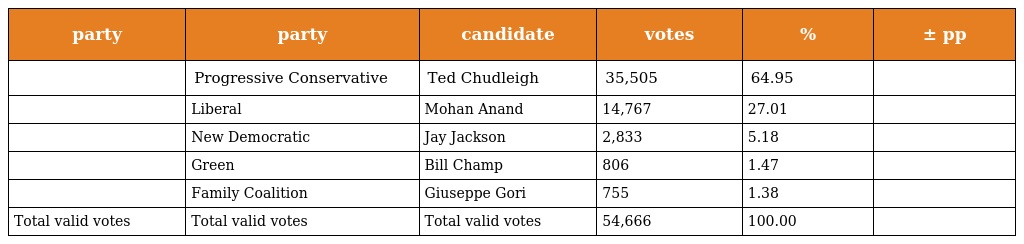
| party | party | candidate | votes | % | ± pp |
 | --- | --- | --- | --- | --- | --- |
 |  | Progressive Conservative | Ted Chudleigh | 35,505 | 64.95 |  |
 |  | Liberal | Mohan Anand | 14,767 | 27.01 |  |
 |  | New Democratic | Jay Jackson | 2,833 | 5.18 |  |
 |  | Green | Bill Champ | 806 | 1.47 |  |
 |  | Family Coalition | Giuseppe Gori | 755 | 1.38 |  |
 | Total valid votes | Total valid votes | Total valid votes | 54,666 | 100.00 |  |